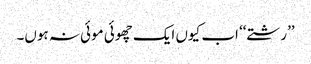
’’رشتے‘‘ اب کیوں ایک چھوئی موئی نہ ہوں۔